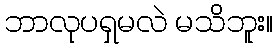
ဘာလုပရှမလဲ မသိဘူး။